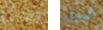
العميد أعرف